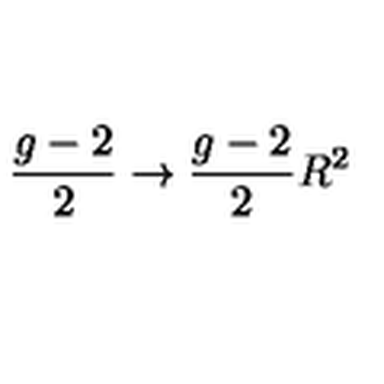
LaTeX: { \frac { g - 2 } { 2 } } \to { \frac { g - 2 } { 2 } } R ^ { 2 }